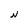
Character: N